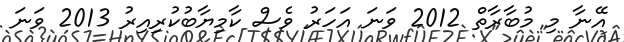
އޭނާ މި މުބާރާތް 2012 ވަނަ އަހަރު ވެސް ކާމިޔާބުކުރިއިރު 2013 ވަނަ